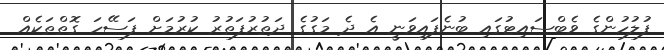
ފުލުހުންގެ ވެބްސައިޓުގައި ބުނެފައިވަނީ އެ ދެ މަގުގެ ދަތުރުފަތުރު ކުރުމަށް ފަސޭހަ ގޮތްތަކެއް